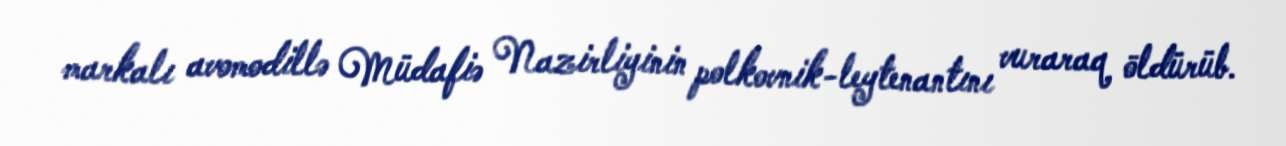
markalı avomodillə Müdafiə Nazirliyinin polkovnik-leytenantını vuraraq öldürüb.